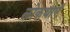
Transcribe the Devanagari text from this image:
लोकथाएँ